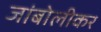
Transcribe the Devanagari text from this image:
जांबोलीकर